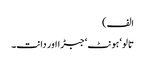
الف)
تالو‘ ہونٹ‘ جبڑا اور دانت۔